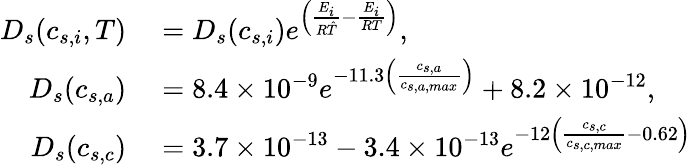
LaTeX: \begin{array}{rl}{D_{s}(c_{s,i},T)}&{{}=D_{s}(c_{s,i})e^{\left(\frac{E_{i}}{R\hat{T}}-\frac{E_{i}}{RT}\right)},}\\ {D_{s}(c_{s,a})}&{{}=8.4\times 10^{-9}e^{-11.3\left(\frac{c_{s,a}}{c_{s,a,max}}\right)}+8.2\times 10^{-12},}\\ {D_{s}(c_{s,c})}&{{}=3.7\times 10^{-13}-3.4\times 10^{-13}e^{-12\left(\frac{c_{s,c}}{c_{s,c,max}}-0.62\right)}}\end{array}